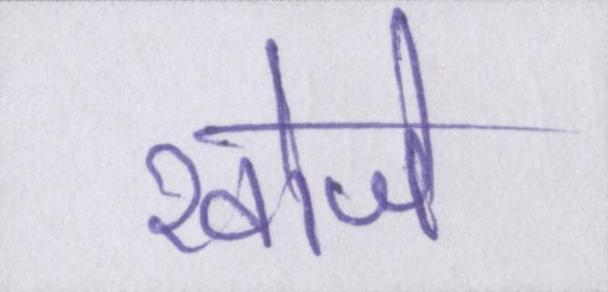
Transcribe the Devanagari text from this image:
खोजे